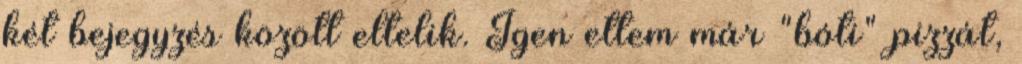
két bejegyzés között eltelik. Igen ettem már "bóti" pizzát,